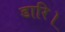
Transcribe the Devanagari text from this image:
डारि।